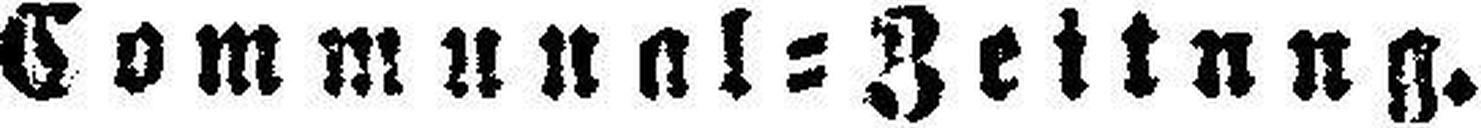
Communal=Zeitung.